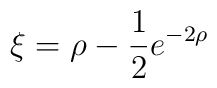
\xi = \rho-\frac{1}{2}e^{-2\rho}